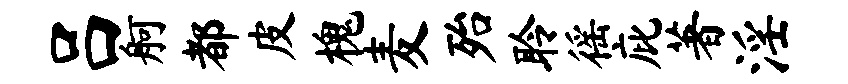
吕舸都皮槐麦殆聆徭庇著淫